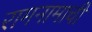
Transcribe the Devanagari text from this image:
रामनामाची